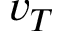
v _ { T }